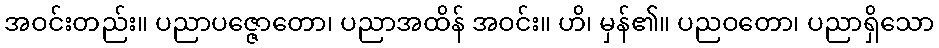
အဝင်းတည်း။ ပညာပဇ္ဇောတော၊ ပညာအထိန် အဝင်း။ ဟိ၊ မှန်၏။ ပညဝတော၊ ပညာရှိသော